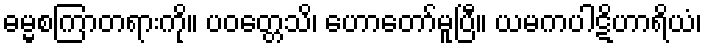
ဓမ္မစကြာတရားကို။ ပဝတ္တေသိ၊ ဟောတော်မူပြီ။ ယမကပါဋိဟာရိယံ၊